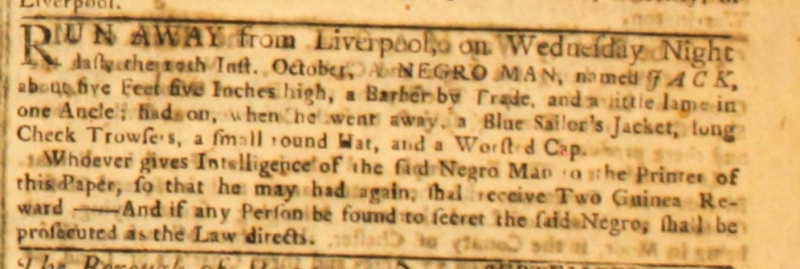
Williamson’s Liverpool Advertiser, and Mercantile Chronicle, 12 October 1764 (England)
RUN AWAY from Liverpool on Wednesday Night last, the 10th Inst. October, A NEGRO MAN, named JACK about five Feet five Inches high, a Barber by Trade, and a little lame in one Ancle; had on, when he went away, a Blue Sailor’s Jacket, long Check Trowsers, a small round Hat, and a Worsted Cap.  Whoever gives Intelligence of the said Negro Man to the Printer of this Paper, so that he may had again, shall receive Two Guineas Reward – And if any Person be found to secret the said Negro, shall be prosecuted as the Law directs.